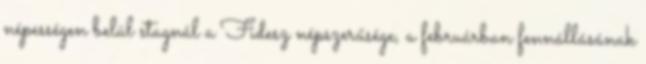
népességen belül stagnál a Fidesz népszerűsége, a februárban fennállásának